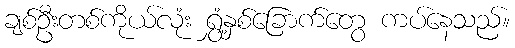
ချစ်ဦးတစ်ကိုယ်လုံး ရွှံ့နှစ်ခြောက်တွေ ကပ်နေသည်။